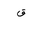
Letter: _qaf